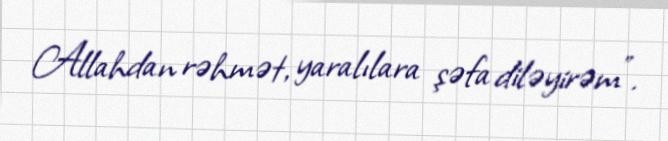
Allahdan rəhmət, yaralılara şəfa diləyirəm”.